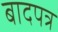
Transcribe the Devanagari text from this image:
बादपत्र